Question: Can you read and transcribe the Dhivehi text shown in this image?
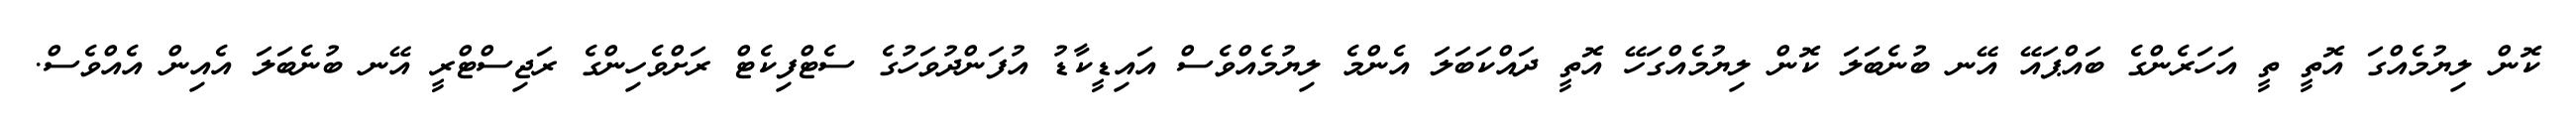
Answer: ކޮން ލިޔުމެއްގަ އޮތީ ތީ އަހަރެންގެ ބައްޕައޭ އޭނ ބުނެބަލަ ކޮން ލިޔުމެއްގަހޭ އޮތީ ދައްކަބަލަ އެންމެ ލިޔުމެއްވެސް އައިޑީކާޑު އުފަންދުވަހުގެ ސެޓްފިކެޓް ރަށްވެހިންގެ ރަޖިސްޓްރީ އޭނ ބުނެބަލަ އެއިން އެއްވެސް.